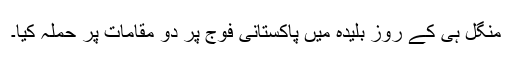
منگل ہی کے روز بلیدہ میں پاکستانی فوج پر دو مقامات پر حملہ کیا۔